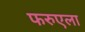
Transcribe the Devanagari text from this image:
फरुएला